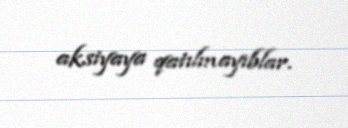
aksiyaya qatılmayıblar.